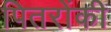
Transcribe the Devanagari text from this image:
पितरोंकी